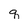
Character: q